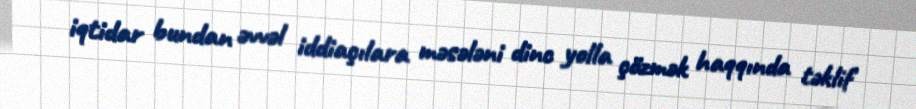
iqtidar bundan əvvəl iddiaçılara məsələni dinc yolla çözmək haqqında təklif